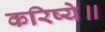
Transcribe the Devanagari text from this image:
करिष्ये॥